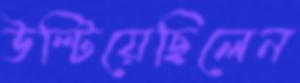
উল্‌টিয়েছিলেন